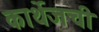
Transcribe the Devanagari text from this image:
कार्थेजची